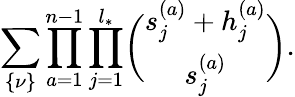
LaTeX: \sum_{\{ \nu\} }\prod_{a=1}^{n-1}\prod_{j=1}^{l_{*}}\biggl(\begin{array}{c}{{s_{j}^{(a)}+h_{j}^{(a)}}}\\ {{s_{j}^{(a)}}}\end{array}\biggr).